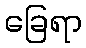
ခြေရာ